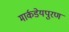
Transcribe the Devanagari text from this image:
मार्कडेयपुरण